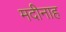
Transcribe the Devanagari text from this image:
मदीनाह